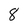
Character: 8